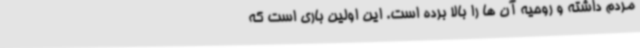
مردم داشته و روحیه آن ها را بالا برده است. این اولین باری است که